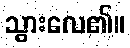
သွားလေ၏။